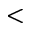
<